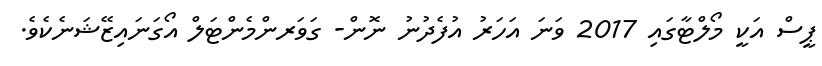
ޕީސް އަކީ މޯލްޓާގައި 2017 ވަނަ އަހަރު އުފެދުނު ނޮން- ގަވަރންމެންޓަލް އޯގަނައިޒޭޝަނެކެވެ.